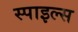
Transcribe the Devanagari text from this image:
स्पाइल्स